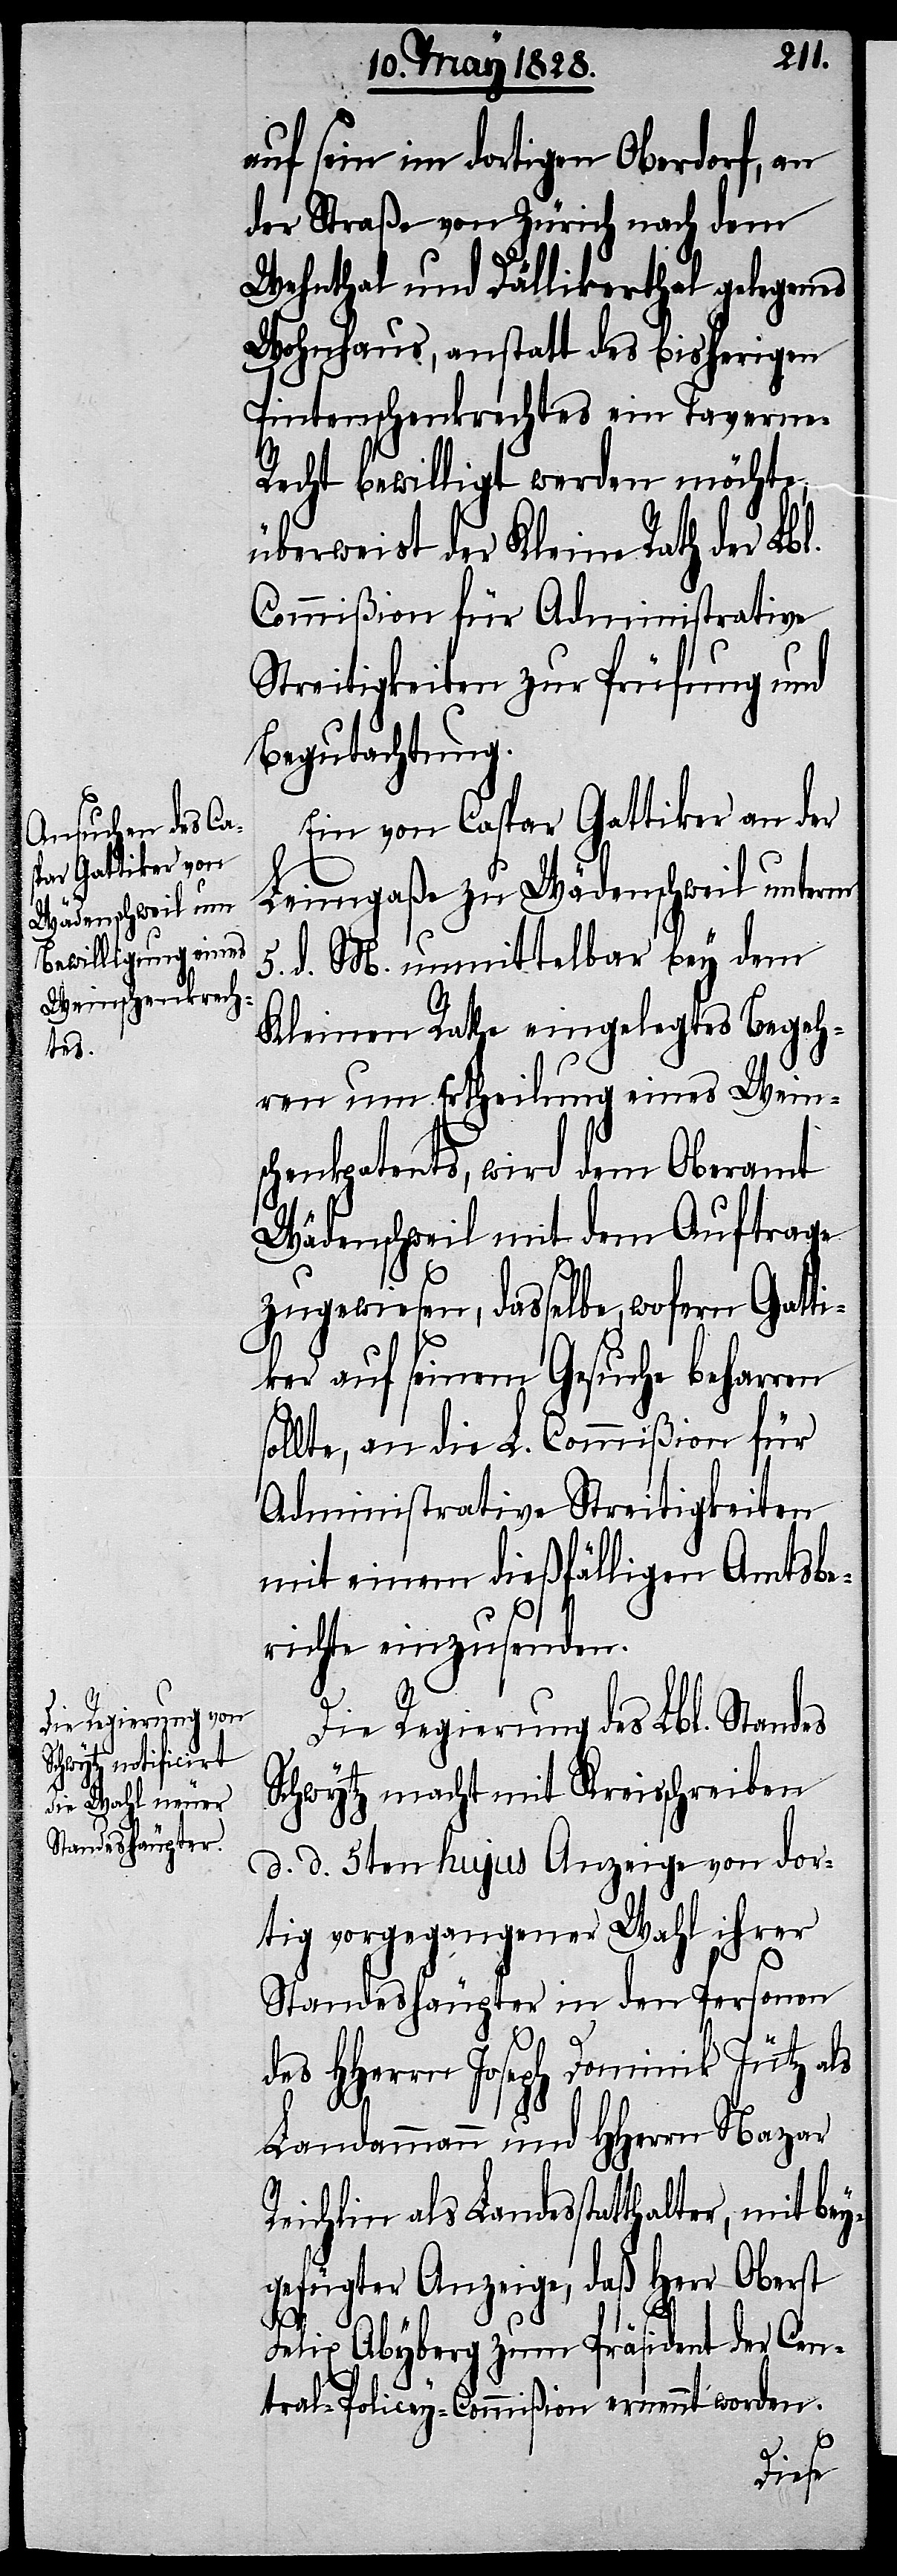
auf sein im dortigen Oberdorf, an
der Straße von Zürich nach den
Wehnthal und Dällikerthal gelegenes
Wohnhaus, anstatt des bisherigen
Pintenschenkrechtes ein Taverne-R¬
echt bewilligt werden möchte,
überweist der Kleine Rath der Lbl.
Commißion für Administrative
Streitigkeiten zur Prüfung und
Begutachtung.
Ein von Caspar Gattiker an der
Leimgaße zu Wädenschweil unterm
5. d. M. unmittelbar bey dem
Kleinen Rathe eingelegtes Begeh¬
ren um Ertheilung eines Weins¬
chenkpatents, wird dem Oberamt
Wädenschweil mit dem Auftrage
zugewiesen, dasselbe wofern Gatti¬
ker auf seinem Gesuche beharren
sollte, an die L. Commißion für
Administrative Streitigkeiten
mit einem dießfälligen Amtsbe¬
richt einzusenden.
Die Regierung des Lbl. Standes
Schwytz macht mit Kreisschreiben
d. d. 5ten hujus Anzeige von dor¬
tig vorgegangener Wahl ihrer
Standeshäupter in den Personen
des HHerrn Joseph Dominik Jütz als
Landammann und HHerrn Nazar
Reichlin als Landesstatthalter, mit bey¬
gefügter Anzeige, daß Herr Oberst
Felix Abyberg zum Präsident der Cen¬
tral-Policey-Commißion ernennt worden.